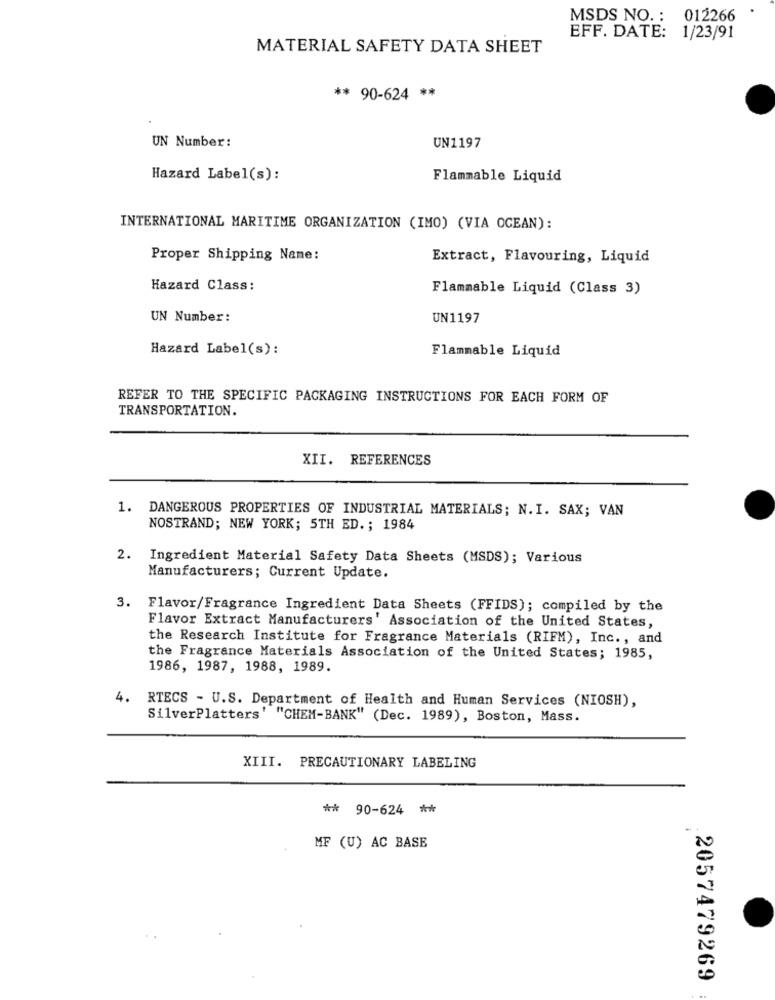
MSDS NO .: 012266
EFF. DATE: 1/23/91
MATERIAL SAFETY DATA SHEET
** 90-624 **
UN Number:
UN1197
Hazard Label(s):
Flammable Liquid
INTERNATIONAL MARITIME ORGANIZATION (IMO) (VIA OCEAN):
Proper Shipping Name:
Extract, Flavouring, Liquid
Hazard Class:
Flammable Liquid (Class 3)
UN Number:
UN1197
Hazard Label(s):
Flammable Liquid
REFER TO THE SPECIFIC PACKAGING INSTRUCTIONS FOR EACH FORM OF
TRANSPORTATION.
XII. REFERENCES
1. DANGEROUS PROPERTIES OF INDUSTRIAL MATERIALS; N.I. SAX; VAN
NOSTRAND; NEW YORK; 5TH ED .; 1984
2. Ingredient Material Safety Data Sheets (MSDS); Various
Manufacturers; Current Update.
Flavor/Fragrance Ingredient Data Sheets (FFIDS); compiled by the
Flavor Extract Manufacturers' Association of the United States,
the Research Institute for Fragrance Materials (RIFM), Inc ., and
the Fragrance Materials Association of the United States; 1985,
1986, 1987, 1988, 1989.
4. RTECS - U.S. Department of Health and Human Services (NIOSH),
SilverPlatters' "CHEM-BANK" (Dec. 1989), Boston, Mass.
XIII. PRECAUTIONARY LABELING
** 90-624 **
MF (U) AC BASE
2057479269